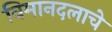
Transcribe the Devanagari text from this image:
विमानदलाचे